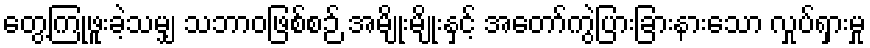
တွေ့ကြုံဖူးခဲ့သမျှ သဘာဝဖြစ်စဉ် အမျိုးမျိုးနှင့် အတော်ကွဲပြားခြားနားသော လှုပ်ရှားမှု